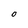
Character: O